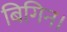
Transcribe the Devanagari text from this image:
बिगिन।